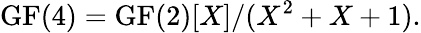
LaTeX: \mathrm{{GF}}(4)=\mathrm{{GF}}(2)[X]/(X^{2}+X+1).